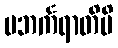
ပဘင်္ကရာတိပိ